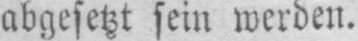
abgesetzt sein werden.